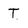
Character: T